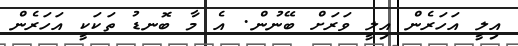
އިލީ އަހަރެން އިލީ ވަރަށް ބޭނުން. އެ މާ ބޮނޑު ތަކަކީ އަހަރެން